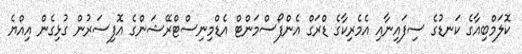
ކޮލަމްބިއާގެ ކަނޑުގެ ސިފައިނާއި އެމެރިކާގެ ޑްރަގް އެންފޯސްމަންޓް އެޑްމިނިސްޓްރޭޝަންގެ އޮފިސަރުން ގުޅިގެން އިއްޔެ